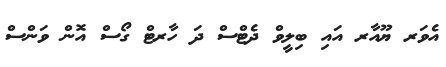
އެވަރ ޔޫއާރ އައި ބިލީވް ދެޓްސް ދަ ހާރޓް ގޯސް އޮން ވަންސް